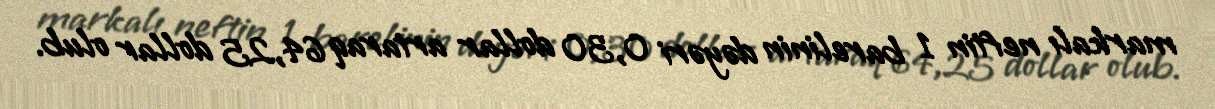
markalı neftin 1 barelinin dəyəri 0,30 dollar artaraq 64,25 dollar olub.